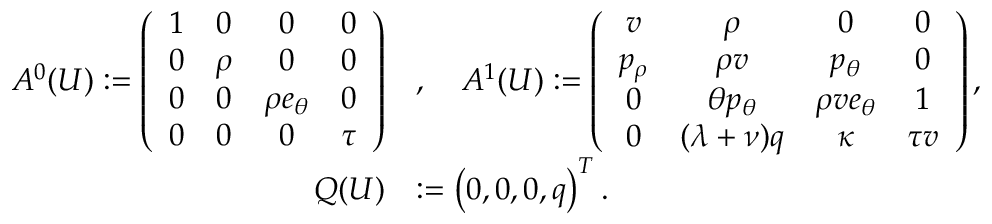
\begin{array} { r l } { A ^ { 0 } ( U ) : = \left( \begin{array} { c c c c } { 1 } & { 0 } & { 0 } & { 0 } \\ { 0 } & { \rho } & { 0 } & { 0 } \\ { 0 } & { 0 } & { \rho e _ { \theta } } & { 0 } \\ { 0 } & { 0 } & { 0 } & { \tau } \end{array} \right) } & { , \quad A ^ { 1 } ( U ) : = \left( \begin{array} { c c c c } { v } & { \rho } & { 0 } & { 0 } \\ { p _ { \rho } } & { \rho v } & { p _ { \theta } } & { 0 } \\ { 0 } & { \theta p _ { \theta } } & { \rho v e _ { \theta } } & { 1 } \\ { 0 } & { ( \lambda + \nu ) q } & { \kappa } & { \tau v } \end{array} \right) , } \\ { Q ( U ) } & { : = \left( 0 , 0 , 0 , q \right) ^ { T } . } \end{array}